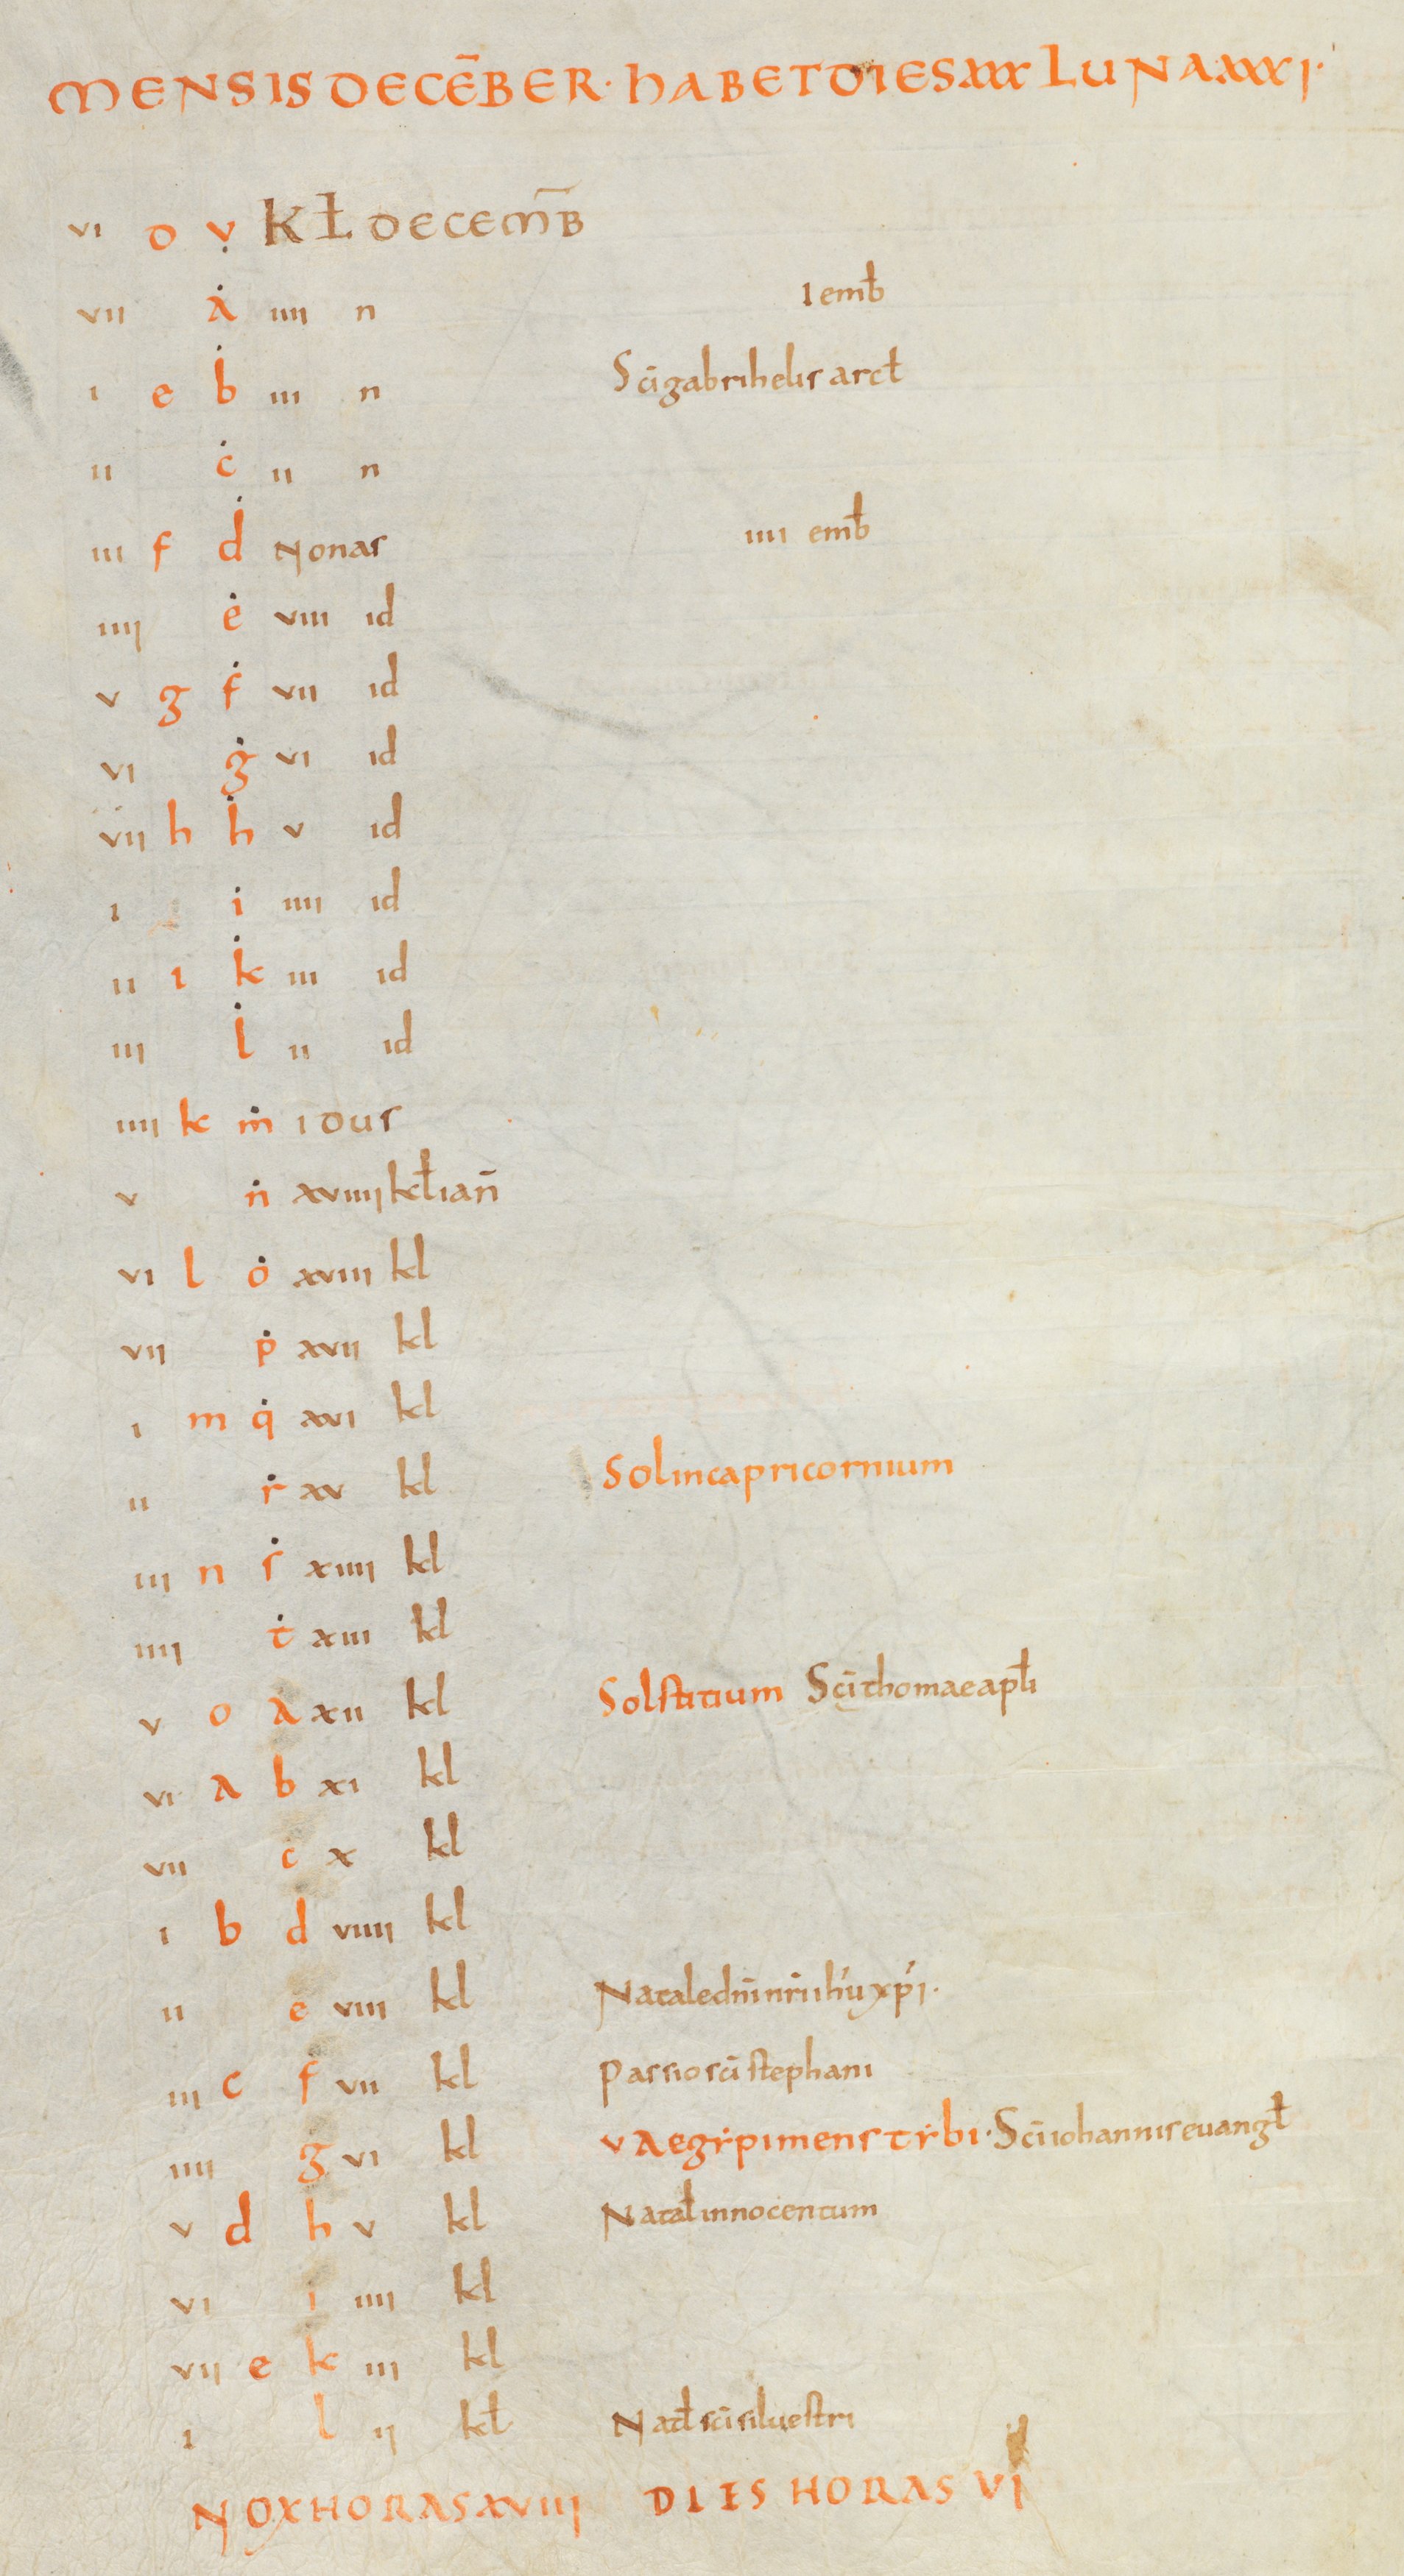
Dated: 810–840